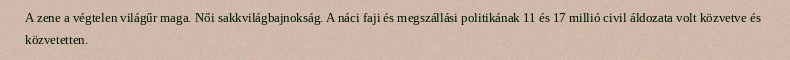
A zene a végtelen világűr maga. Női sakkvilágbajnokság. A náci faji és megszállási politikának 11 és 17 millió civil áldozata volt közvetve és közvetetten.